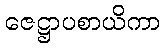
ဇေဋ္ဌာပစာယိကာ